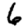
Digit: 6